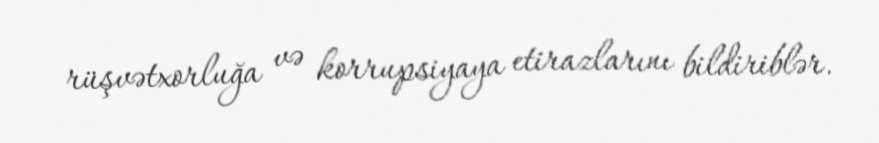
rüşvətxorluğa və korrupsiyaya etirazlarını bildiriblər.